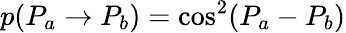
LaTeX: p(P_{a}\rightarrow P_{b})=\cos^{2}(P_{a}-P_{b})